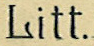
Litt.